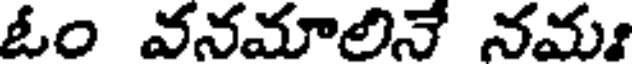
ఓం వనమాలినే నమః